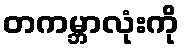
တကမ္ဘာလုံးကို